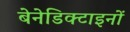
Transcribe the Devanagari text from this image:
बेनेडिक्टाइनों